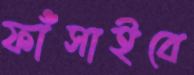
ফাঁসাইবে